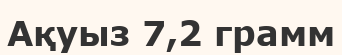
Ақуыз 7,2 грамм